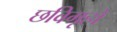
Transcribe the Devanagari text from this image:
छविगृहों